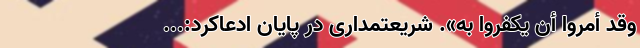
وَقَدْ أُمِرُوا أَنْ یَکْفُرُوا بِهِ». شریعتمداری در پایان ادعاکرد:...